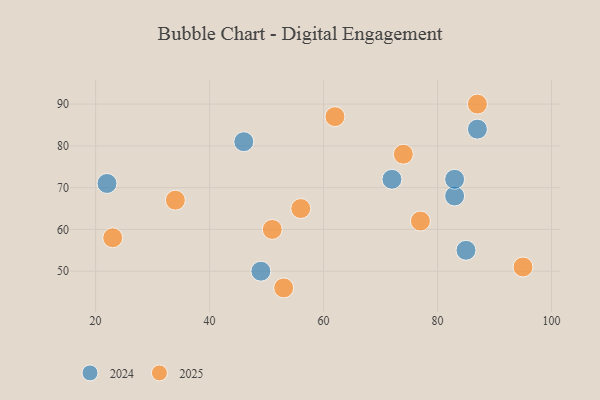
{"axis": {"x": "GDP", "y": "Life Expectancy"}, "legend": ["2024", "2025"], "data": [{"x": "72", "y": 72, "type": "2024"}, {"x": "46", "y": 81, "type": "2024"}, {"x": "22", "y": 71, "type": "2024"}, {"x": "49", "y": 50, "type": "2024"}, {"x": "83", "y": 68, "type": "2024"}, {"x": "83", "y": 72, "type": "2024"}, {"x": "87", "y": 84, "type": "2024"}, {"x": "85", "y": 55, "type": "2024"}, {"x": "51", "y": 60, "type": "2025"}, {"x": "87", "y": 90, "type": "2025"}, {"x": "53", "y": 46, "type": "2025"}, {"x": "23", "y": 58, "type": "2025"}, {"x": "34", "y": 67, "type": "2025"}, {"x": "74", "y": 78, "type": "2025"}, {"x": "95", "y": 51, "type": "2025"}, {"x": "62", "y": 87, "type": "2025"}, {"x": "56", "y": 65, "type": "2025"}, {"x": "77", "y": 62, "type": "2025"}]}